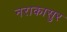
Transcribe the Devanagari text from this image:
नराकासुर